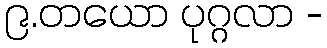
၉.တယော ပုဂ္ဂလာ -